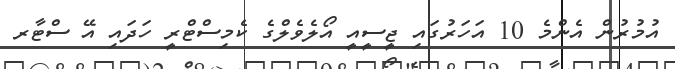
އުމުރުން އެންމެ 10 އަހަރުގައި ޖީސީއީ އޯލެވެލްގެ ކެމިސްޓްރީ ހަދަައި އޭ ސްޓާރ